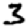
Digit: 3